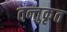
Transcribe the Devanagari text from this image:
तन्तुकृत